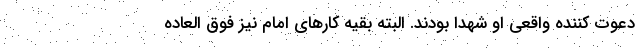
دعوت کننده واقعی او شهدا بودند. البته بقیه کارهای امام نیز فوق العاده